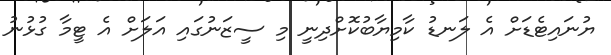
ޔުނައިޓެޑަށް އެ ލަނޑު ކާމިޔާބުކޮށްދިނީ މި ސީޒަނުގައި އަލަށް އެ ޓީމާ ގުޅުނު